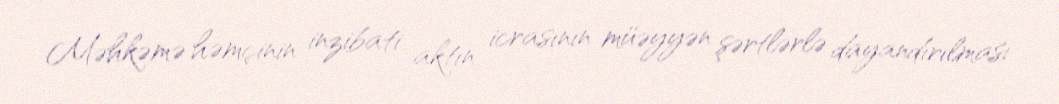
Məhkəmə həmçinin inzibati aktın icrasının müəyyən şərtlərlə dayandırılması